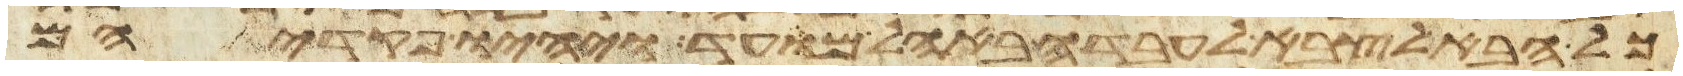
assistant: כל הבא לצבא לעבדה באהל מועד ויהיו פקדיהם